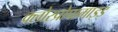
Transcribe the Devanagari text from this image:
क्लोरप्रोपामाइड